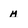
Character: m